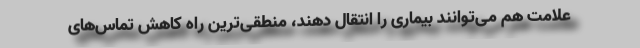
علامت هم می‌توانند بیماری را انتقال دهند، منطقی‌ترین راه کاهش تماس‌های